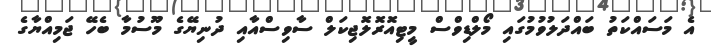
އެ މަސައްކަތު ބައްދަލުވުމުގައި މޯލްޑިވްސް މީޓިއޮރޮލޮޖިކަލް ސާވިސްއާއި ދުނިޔޭގެ މޫސުމާ ބެހޭ ޖަމިއްޔާގެ